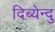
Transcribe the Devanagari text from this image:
दिब्येन्दु